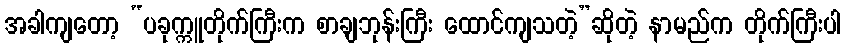
အခါကျတော့ “ပခုက္ကူတိုက်ကြီးက စာချဘုန်းကြီး ထောင်ကျသတဲ့”ဆိုတဲ့ နာမည်က တိုက်ကြီးပါ